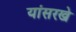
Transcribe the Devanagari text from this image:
यांसरखे